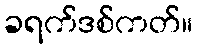
ခရက်ဒစ်ကတ်။